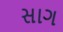
સાગ